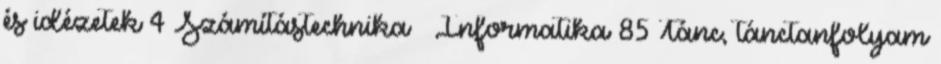
és idézetek 4 Számítástechnika – Informatika 85 Tánc, tánctanfolyam